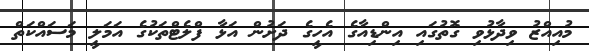
މުއިއްޒު ވިދާޅުވި ގޮތުގައި އިންޑިއާގެ އެހީގެ ދަށުން އަޅާ ފްލެޓްތަކުގެ އަމަލީ މަސައްކަތް